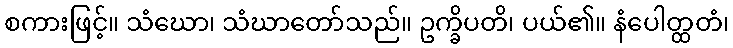
စကားဖြင့်။ သံဃော၊ သံဃာတော်သည်။ ဥက္ခိပတိ၊ ပယ်၏။ နံပေါတ္ထတံ၊